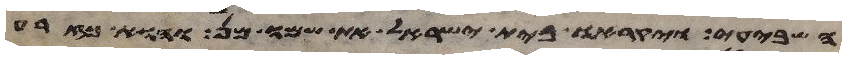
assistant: השביעי ויקראו בית ישראל את שמו מן והוא כזרע